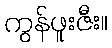
ကွန်ဖူးဇီး။